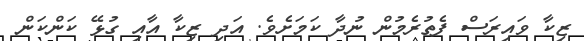
ޒިކާ ވައިރަސް ފެތުރެމުން ނުދާ ކަމަށެވެ. އަދި ޒިކާ އާއި ގުޅޭ ކަންކަން